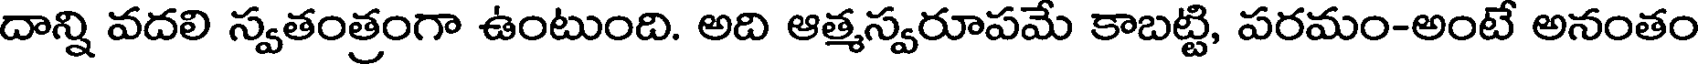
దాన్ని వదలి స్వతంత్రంగా ఉంటుంది. అది ఆత్మస్వరూపమే కాబట్టి, పరమం-అంటే అనంతం